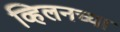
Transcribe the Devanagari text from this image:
व्हिलनच्या